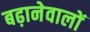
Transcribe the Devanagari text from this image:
बढ़ानेवालों